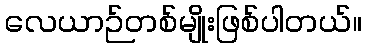
လေယာဉ်တစ်မျိုးဖြစ်ပါတယ်။